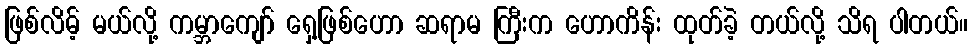
ဖြစ်လိမ့် မယ်လို့ ကမ္ဘာကျော် ရှေ့ဖြစ်ဟော ဆရာမ ကြီးက ဟောကိန်း ထုတ်ခဲ့ တယ်လို့ သိရ ပါတယ်။